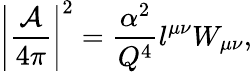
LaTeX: \left|{\frac{\cal A}{4\pi}}\right|^{2}={\frac{\alpha^{2}}{Q^{4}}}l^{\mu\nu}W_{\mu\nu},